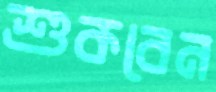
শুকবেন